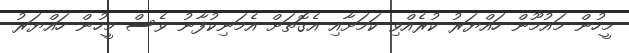
މީހުން މައުމޫން ހައްޔަރު ކުރެއްވި ކަމަށާއި އެގޮތަށް އެމަނިކުފާނު ވެސް މީހުން ހައްޔަރު